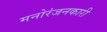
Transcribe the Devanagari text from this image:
मनोरंजनकारी